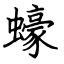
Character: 蠔